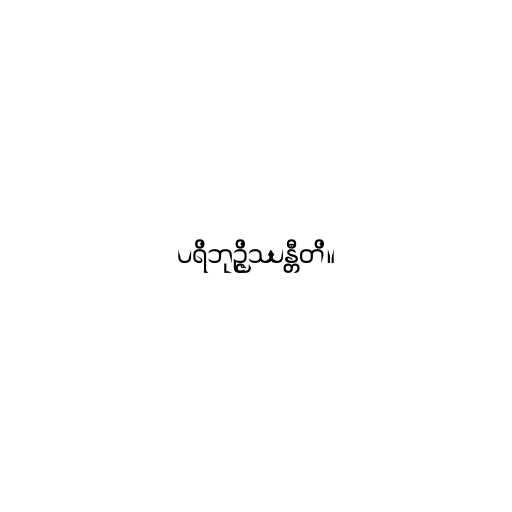
ပရိဘုဉ္ဇိဿန္တီတိ။